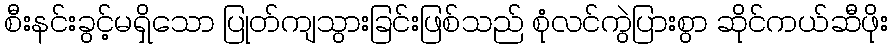
စီးနင်းခွင့်မရှိသော ပြုတ်ကျသွားခြင်းဖြစ်သည် စုံလင်ကွဲပြားစွာ ဆိုင်ကယ်ဆီဖိုး